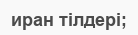
иран тілдері;